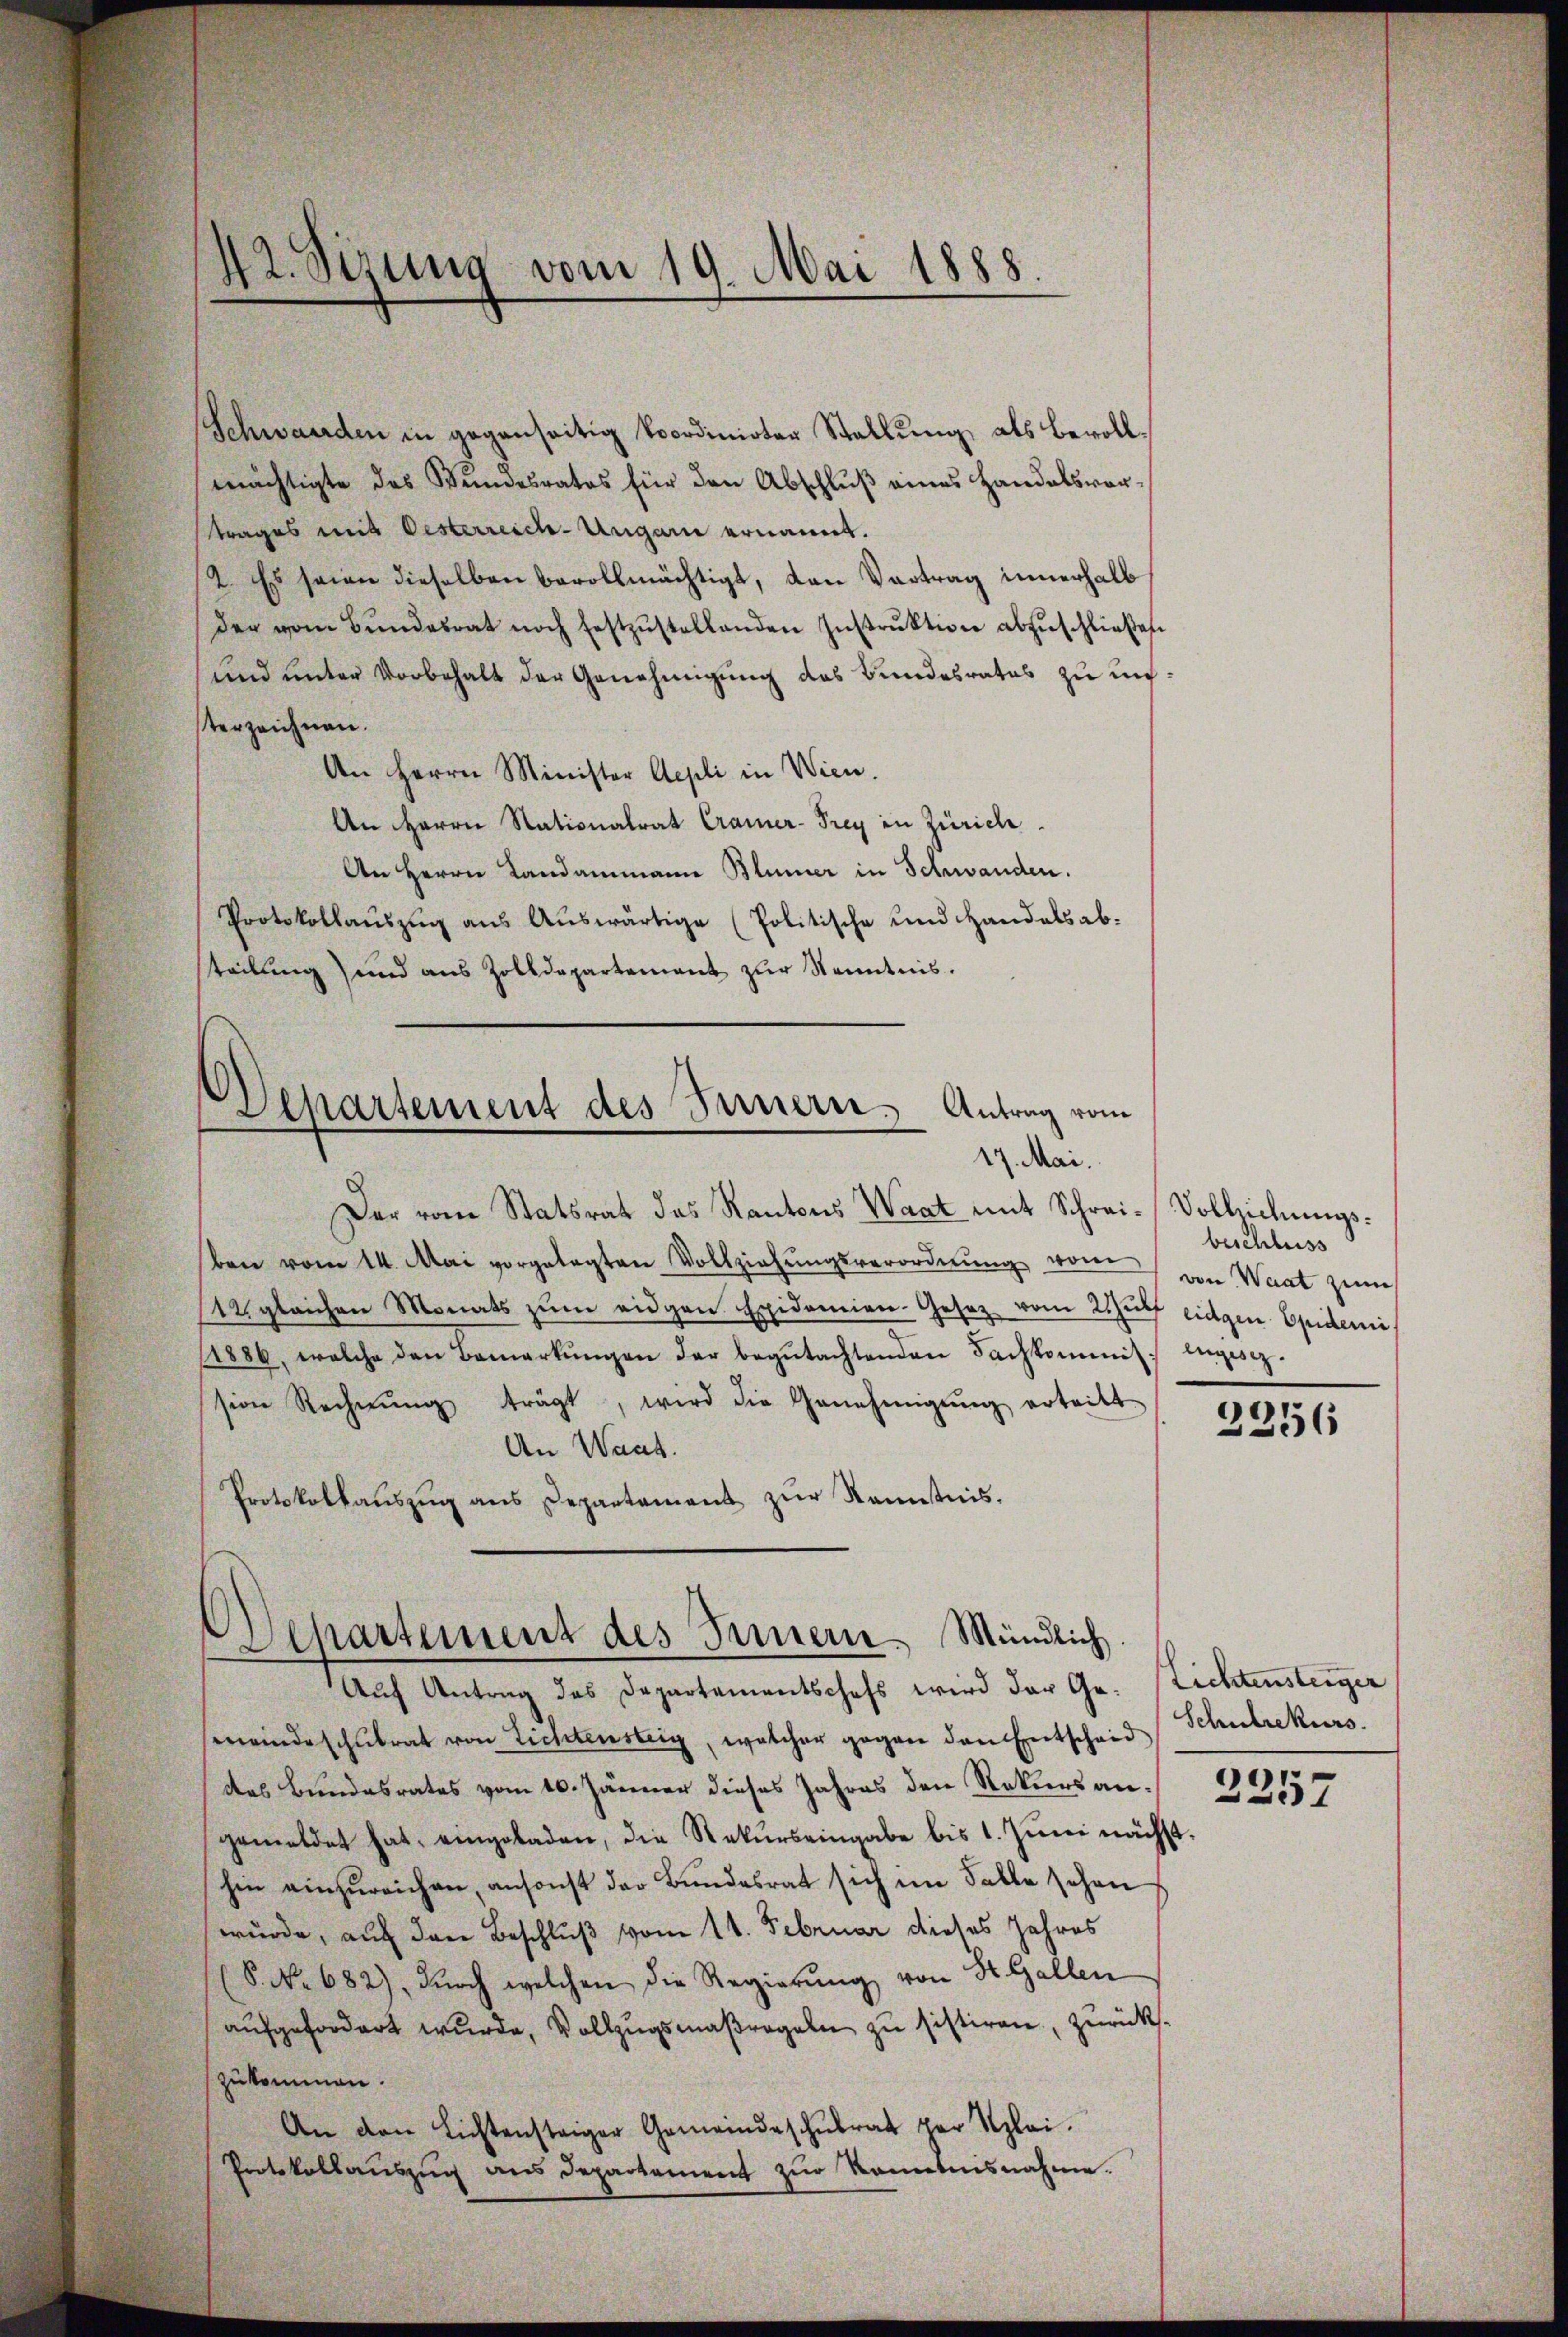
42. Sizung vom 19. Mai 1888.

Schwanden in gegenseitig koordinirter Stellung, als Bevollmächtigte des Bundesrates für den Abschlŭβ eines Handelsvortrages mit Oesterreich-Ungarn ernannt.
2. Es seien dieselben bevollmächtigt, den Vortrag innerhalb
der vom Bŭndesrat noch festzŭstellenden Instrŭktion abzŭschließen
und unter Vorbehalt der Genehmigung des Bundesrates zu unterzeichnen.
An Herrn Minister Aepli in Wien.
An Herrn Rationalrat Cramer-Prey in Zürich.
An Herrn Landammann Blümer in Schwanden.
Protokollaŭszŭg aŭs Aŭswärtige (Politische und Handals ab-
teilung und aus Zolldepartement zur Kenntnis.
d
Departement des Innern. Antrag vom
17. Mai.

Der vom Statsrat das Kantons Waat mit Schrei- Vollziehungs¬

ben vom 14. Mai vorgelegten Vollziehŭngsverordnŭng vom
12. gleichen Monats zŭm eidgen Epidemien-Gesetz vom Wülf eingen Epidemi
/1886, welche den Bemerkŭngen der begŭtachtenden Fachkommis enges
sion Rechnŭng trägt, wird die Genehmigŭng erteilt.
An Waat.
Protokollaŭszŭg ans Departament zŭr Kenntnis.

Departement des Innern Mündlich.
Auf Antrag des Departementschefs wird der Ge¬

meinde schulrat von Lichtensteig, welcher gegen den Entscheid
das Bundesrates vom 10. Jänner dieses Jahres den Rekurs angemeldet hat, eingeladen, die Rekurs eingabe bis 1. Juni nächst.
hin einzŭreichen, ansonst der Bundesrat sich im Falle sehen
wurde, auf den Beschluß vom 11. Februar dieses Jahres
S. No 682), dŭrch welchen die Regierŭng von St. Gallen
aufgefordert wurde, Vollzugsmaßregeln zu sistiren, zurückszukommen.
An den Lichtensteiger Gemeindeschŭlrat per Klei¬
Pntskollauszug aus Departement zur Kenntnisnahme.

beschluss
von Waat zum

)
256

Lichtensteiger
Schulrekurs

2357